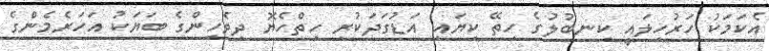
އެކަމަކު ހަރުހިލައީ ކިނބުލުގެ ހިތޭ ކިޔައި އަޑުގަދަކުރި ހިތްހެޔޮ ދިވެހިންގެ ބަޔަކު އަހަރެމެންގެ